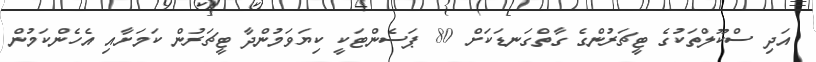
އަދި ސްކޫލްތަކުގެ ޓީޗަރުންގެ ގާތްގަނޑަކަށް 80 ޕަސެންޓަކީ ކިޔަވަމުންދާ ޓީޗަރުން ކަމަށާއި އެހެންކަމުން